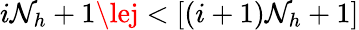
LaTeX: i\mathcal{N}_{h}+1\lej<[(i+1)\mathcal{N}_{h}+1]